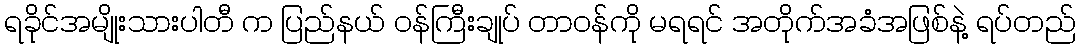
ရခိုင်အမျိုးသားပါတီ က ပြည်နယ် ဝန်ကြီးချုပ် တာဝန်ကို မရရင် အတိုက်အခံအဖြစ်နဲ့ ရပ်တည်